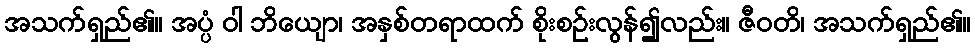
အသက်ရှည်၏။ အပ္ပံ ဝါ ဘိယျော၊ အနှစ်တရာထက် စိုးစဉ်းလွန်၍လည်း။ ဇီဝတိ၊ အသက်ရှည်၏။